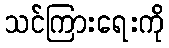
သင်ကြားရေးကို